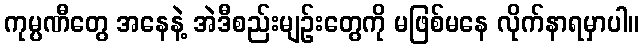
ကုမ္ပဏီတွေ အနေနဲ့ အဲဒီစည်းမျဉ်းတွေကို မဖြစ်မနေ လိုက်နာရမှာပါ။